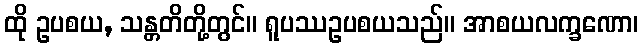
ထို ဥပစယ, သန္တတိတို့တွင်။ ရူပဿဥပစယသည်။ အာစယလက္ခဏော၊